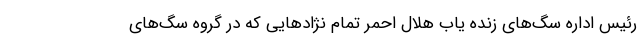
رئیس اداره سگ‌های زنده یاب هلال احمر تمام نژادهایی که در گروه سگ‌های